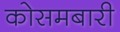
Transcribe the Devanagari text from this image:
कोसमबारी